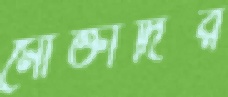
মোক্তাদির